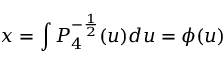
x = \int P _ { 4 } ^ { - \frac { 1 } { 2 } } ( u ) d u = \phi ( u )